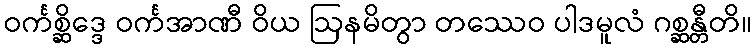
ဝင်္ကစ္ဆိဒ္ဒေ ဝင်္ကအာဏီ ဝိယ ဩနမိတွာ တဿေဝ ပါဒမူလံ ဂစ္ဆန္တီတိ။